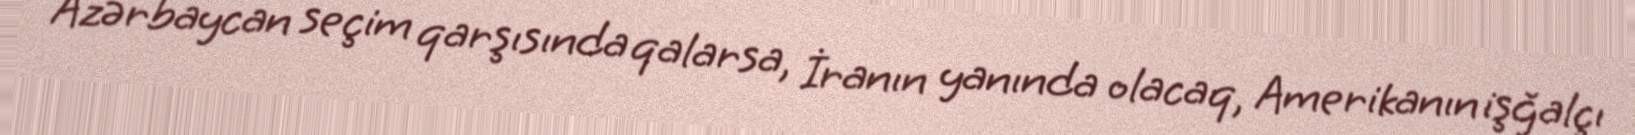
Azərbaycan seçim qarşısında qalarsa, İranın yanında olacaq, Amerikanın işğalçı